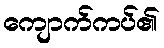
ကျောက်ကပ်၏